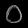
Digit: ၀